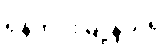
ရန်ကင်းမြို့နယ်ရှိ